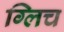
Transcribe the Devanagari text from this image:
ग्लिच